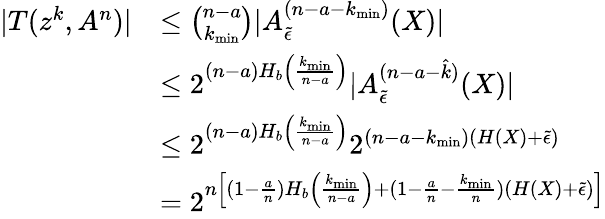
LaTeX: \begin{array}{rl}{|T(z^{k},A^{n})|}&{\le\binom{n-a}{k_{\operatorname*{min}}}|A_{\tilde{\epsilon}}^{(n-a-k_{\operatorname*{min}})}(X)|}\\ &{\le 2^{(n-a)H_{b}\left(\frac{k_{\operatorname*{min}}}{n-a}\right)}|A_{\tilde{\epsilon}}^{(n-a-\hat{k})}(X)|}\\ &{\le 2^{(n-a)H_{b}\left(\frac{k_{\operatorname*{min}}}{n-a}\right)}2^{(n-a-k_{\operatorname*{min}})(H(X)+\tilde{\epsilon})}}\\ &{=2^{n\left[(1-\frac{a}{n})H_{b}\left(\frac{k_{\operatorname*{min}}}{n-a}\right)+(1-\frac{a}{n}-\frac{k_{\operatorname*{min}}}{n})(H(X)+\tilde{\epsilon})\right]}}\end{array}